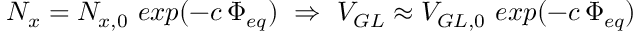
N _ { x } = N _ { x , 0 } \, \, e x p ( - c \, \Phi _ { e q } ) \, \, \Rightarrow \, \, V _ { G L } \approx V _ { G L , 0 } \, \, e x p ( - c \, \Phi _ { e q } )